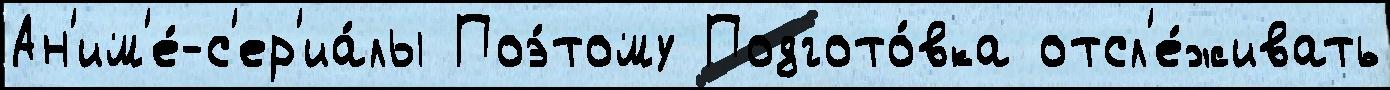
Ан'им'е́-с'ер'иа́лы Поэ́тому Подгото́вка отсл'е́живать